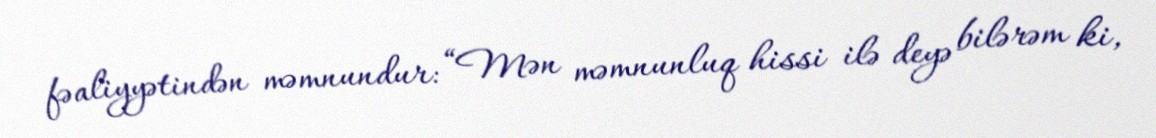
fəaliyyətindən məmnundur: “Mən məmnunluq hissi ilə deyə bilərəm ki,